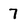
Character: 7